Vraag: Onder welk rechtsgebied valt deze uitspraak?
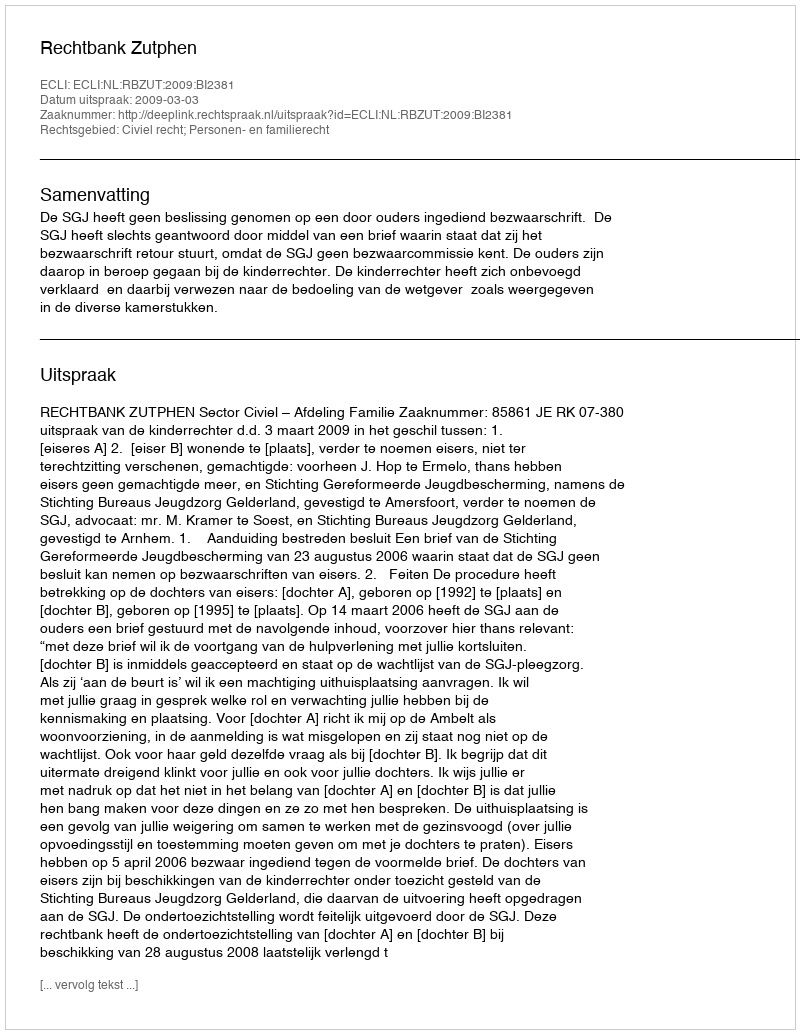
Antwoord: Civiel recht; Personen- en familierecht